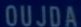
OUJOA